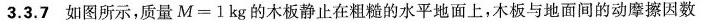
3.3.7 如图所示，质量$$M = 1 k g$$的木板静止在粗糙的水平地面上，木板与地面间的动摩擦因数